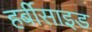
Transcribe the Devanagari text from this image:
हर्बीसाइड